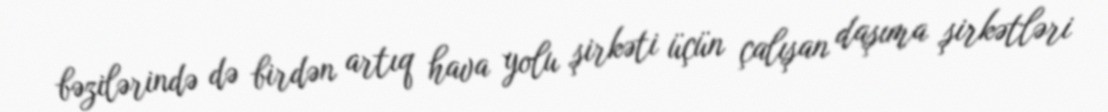
bəzilərində də birdən artıq hava yolu şirkəti üçün çalışan daşıma şirkətləri